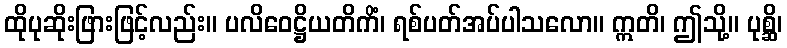
ထိုပုဆိုးဖြားဖြင့်လည်း။ ပလိဝေဋ္ဌိယတိကိံ၊ ရစ်ပတ်အပ်ပါသလော။ ဣတိ၊ ဤသို့။ ပုစ္ဆိ၊